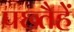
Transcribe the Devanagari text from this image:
पछ्तैहें